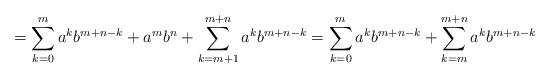
LaTeX: \begin{align*}=\sum_{k=0}^m a^kb^{m+n-k} + a^mb^n + \sum_{k=m+1}^{m+n}a^kb^{m+n-k} = \sum_{k=0}^m a^kb^{m+n-k} + \sum_{k=m}^{m+n}a^kb^{m+n-k}\end{align*}